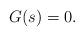
LaTeX: \begin{align*}G(s)=0.\end{align*}